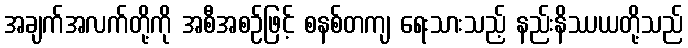
အချက်အလက်တို့ကို အစီအစဉ်ဖြင့် စနစ်တကျ ရေးသားသည့် နည်းနိဿယတို့သည်